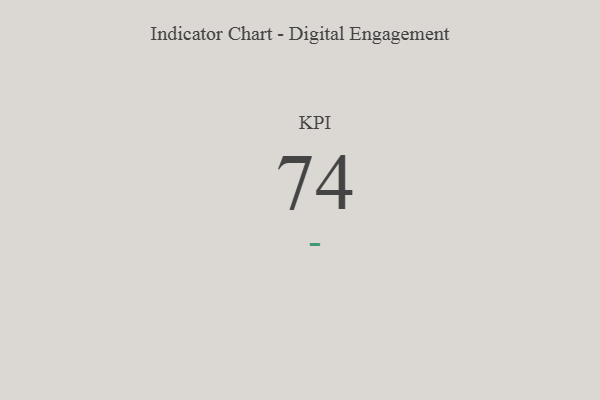
{"axis": {"x": "KPI", "y": "Value"}, "legend": [""], "data": [{"x": "KPI", "y": 74, "type": ""}]}